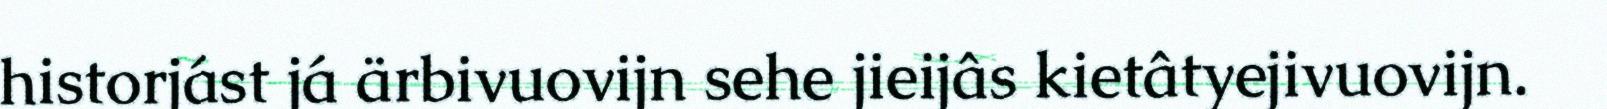
historjást já ärbivuovijn sehe jieijâs kietâtyejivuovijn.